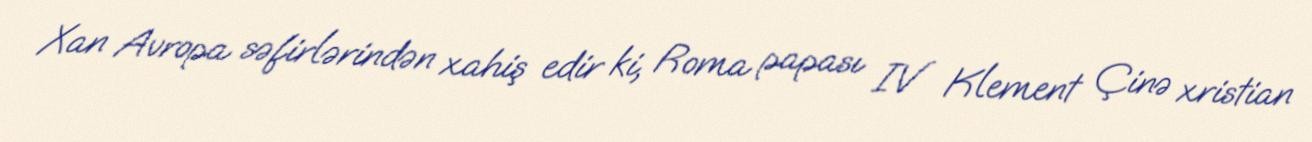
Xan Avropa səfirlərindən xahiş edir ki, Roma papası IV Klement Çinə xristian